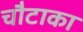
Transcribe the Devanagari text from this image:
चौटाका